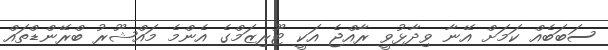
ސަބަބެއް ކަމަށް އޭނާ ވިދާޅުވީ ރާއްޖެ އަކީ ޓޫރިޒަމްގެ އެންމެ މައްޝޫރު ބްރޭންޑްތައް